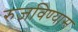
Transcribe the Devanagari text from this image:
रुजविण्यास